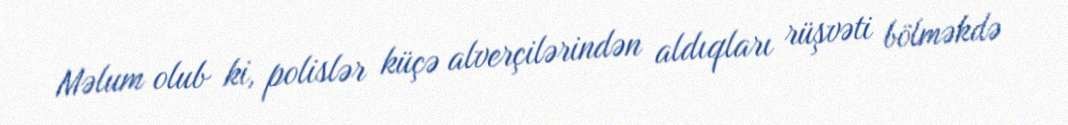
Məlum olub ki, polislər küçə alverçilərindən aldıqları rüşvəti bölməkdə